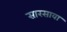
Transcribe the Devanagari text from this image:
सारसावा